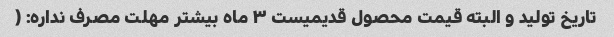
تاریخ تولید و البته قیمت محصول قدیمیست ۳ ماه بیشتر مهلت مصرف نداره: (